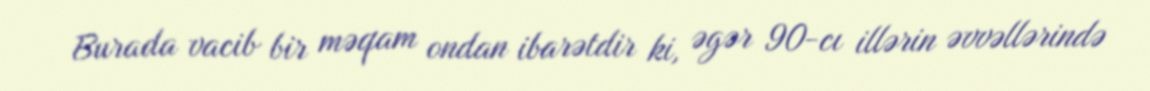
Burada vacib bir məqam ondan ibarətdir ki, əgər 90-cı illərin əvvəllərində